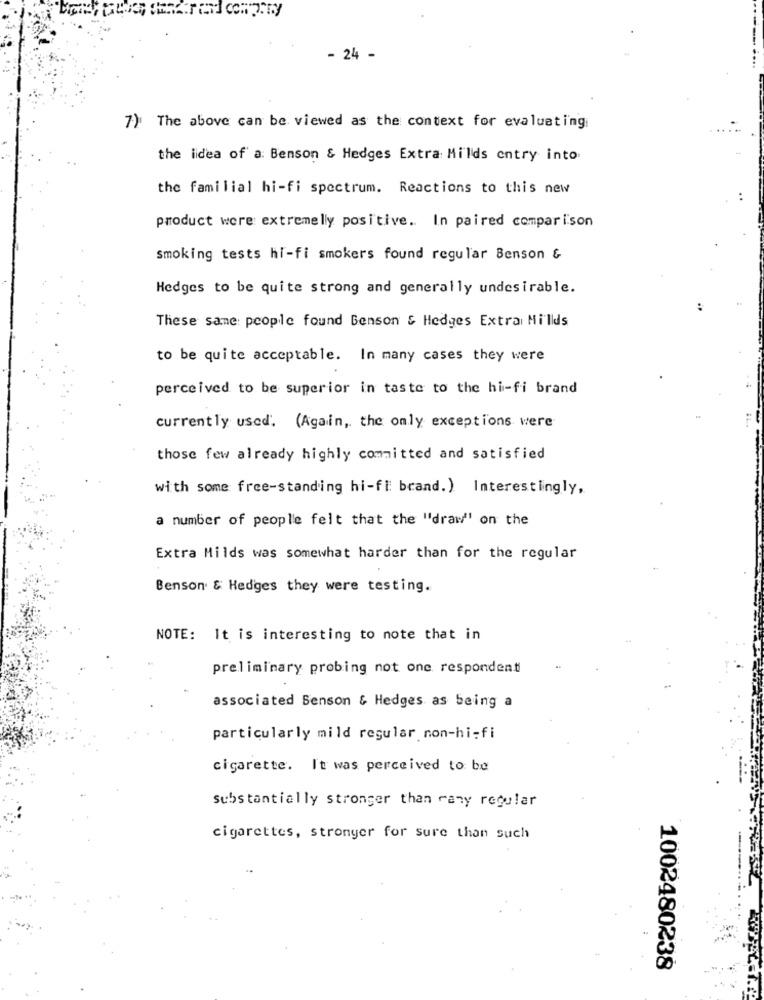
- 24 -
7) The above can be viewed as the context for evaluating
the idea of a: Benson & Hedges Extra Milds entry into
the familial hi-fi spectrum. Reactions to this new
product were extremelly positive. In paired comparison
Smoking tests hi-fi smokers found regular Benson &
Hedges to be quite strong and generally undesirable.
These same: people found Benson & Hedges Extrai Millds
to be quite acceptable. In many cases they were
perceived to be superior in taste to the hi-fi brand
currently used. (Again, the only exceptions were
those few already highly committed and satisfied
with some free-standing hi-fi brand.) Interestingly,
a number of people felt that the "draw'' on the
Extra Milds was somewhat harder than for the regular
Benson & Hedges they were testing.
NOTE: It is interesting to note that in
preliminary probing not one respondent
associated Benson & Hedges as being a
particularly mild regular non-hi-fi
cigarette. It was perceived to be
substantially stronger than rany regular
cigarettes, stronger for sure than such
1002480238